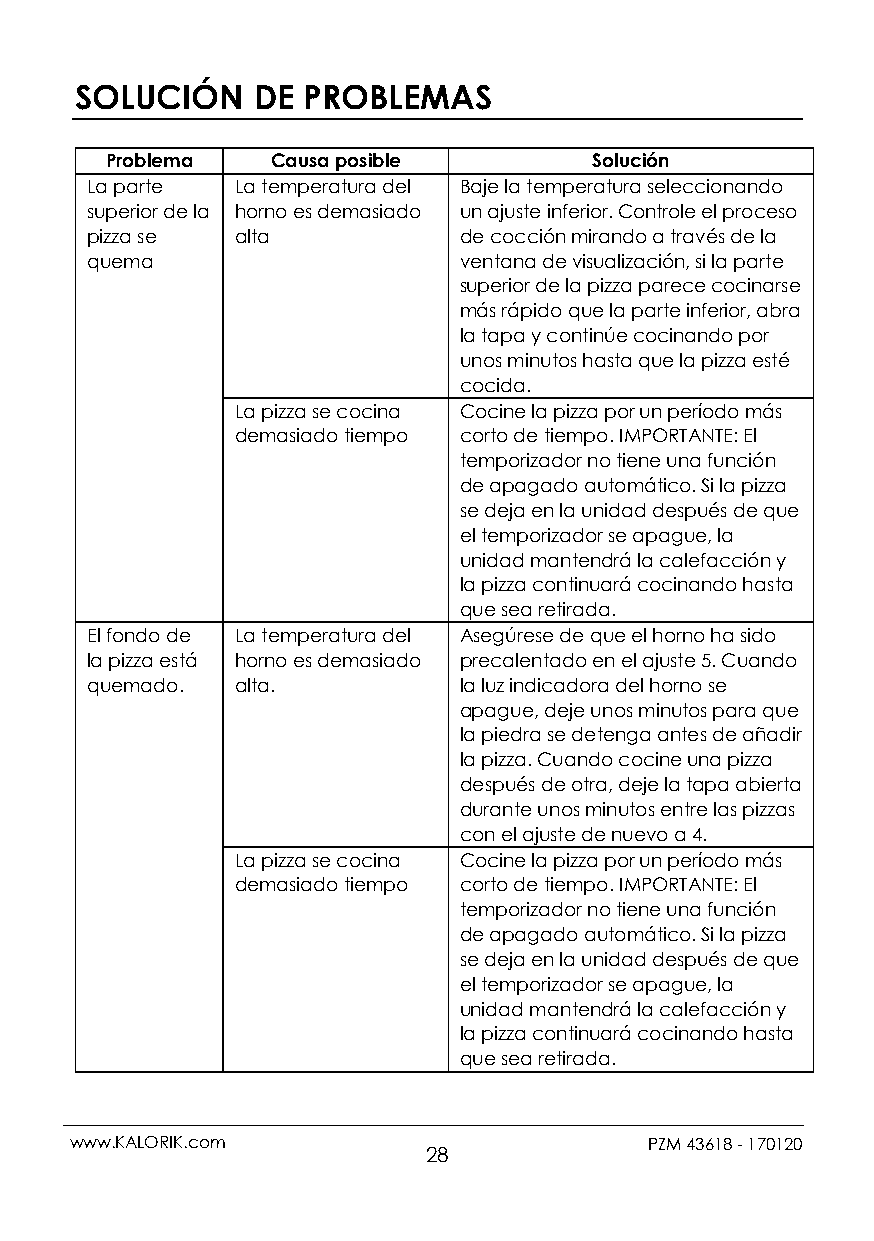
SOLUCIÓN    DE PROBLEMAS
 Problema   Causa posible        Solución
 La parte  La temperatura del Baje la temperatura seleccionando
 superior de la horno es demasiado un ajuste inferior. Controle el proceso
 pizza se  alta          de cocción mirando a través de la
 quema                   ventana de visualización, si la parte
 superior de la pizza parece cocinarse
 más rápido que la parte inferior, abra
 la tapa y continúe cocinando por
 unos minutos hasta que la pizza esté
 cocida.
 La pizza se cocina Cocine la pizza por un período más
 demasiado tiempo corto de tiempo. IMPORTANTE: El
 temporizador no tiene una función
 de apagado automático. Si la pizza
 se deja en la unidad después de que
 el temporizador se apague, la
 unidad mantendrá la calefacción y
 la pizza continuará cocinando hasta
 que sea retirada.
 El fondo de La temperatura del Asegúrese de que el horno ha sido
 la pizza está horno es demasiado precalentado en el ajuste 5. Cuando
 quemado.  alta.         la luz indicadora del horno se
 apague, deje unos minutos para que
 la piedra se detenga antes de añadir
 la pizza. Cuando cocine una pizza
 después de otra, deje la tapa abierta
 durante unos minutos entre las pizzas
 con el ajuste de nuevo a 4.
 La pizza se cocina Cocine la pizza por un período más
 demasiado tiempo corto de tiempo. IMPORTANTE: El
 temporizador no tiene una función
 de apagado automático. Si la pizza
 se deja en la unidad después de que
 el temporizador se apague, la
 unidad mantendrá la calefacción y
 la pizza continuará cocinando hasta
 que sea retirada.
 www.KALORIK.com                       PZM 43618 - 170120
 28